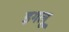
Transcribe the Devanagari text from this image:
इगलू